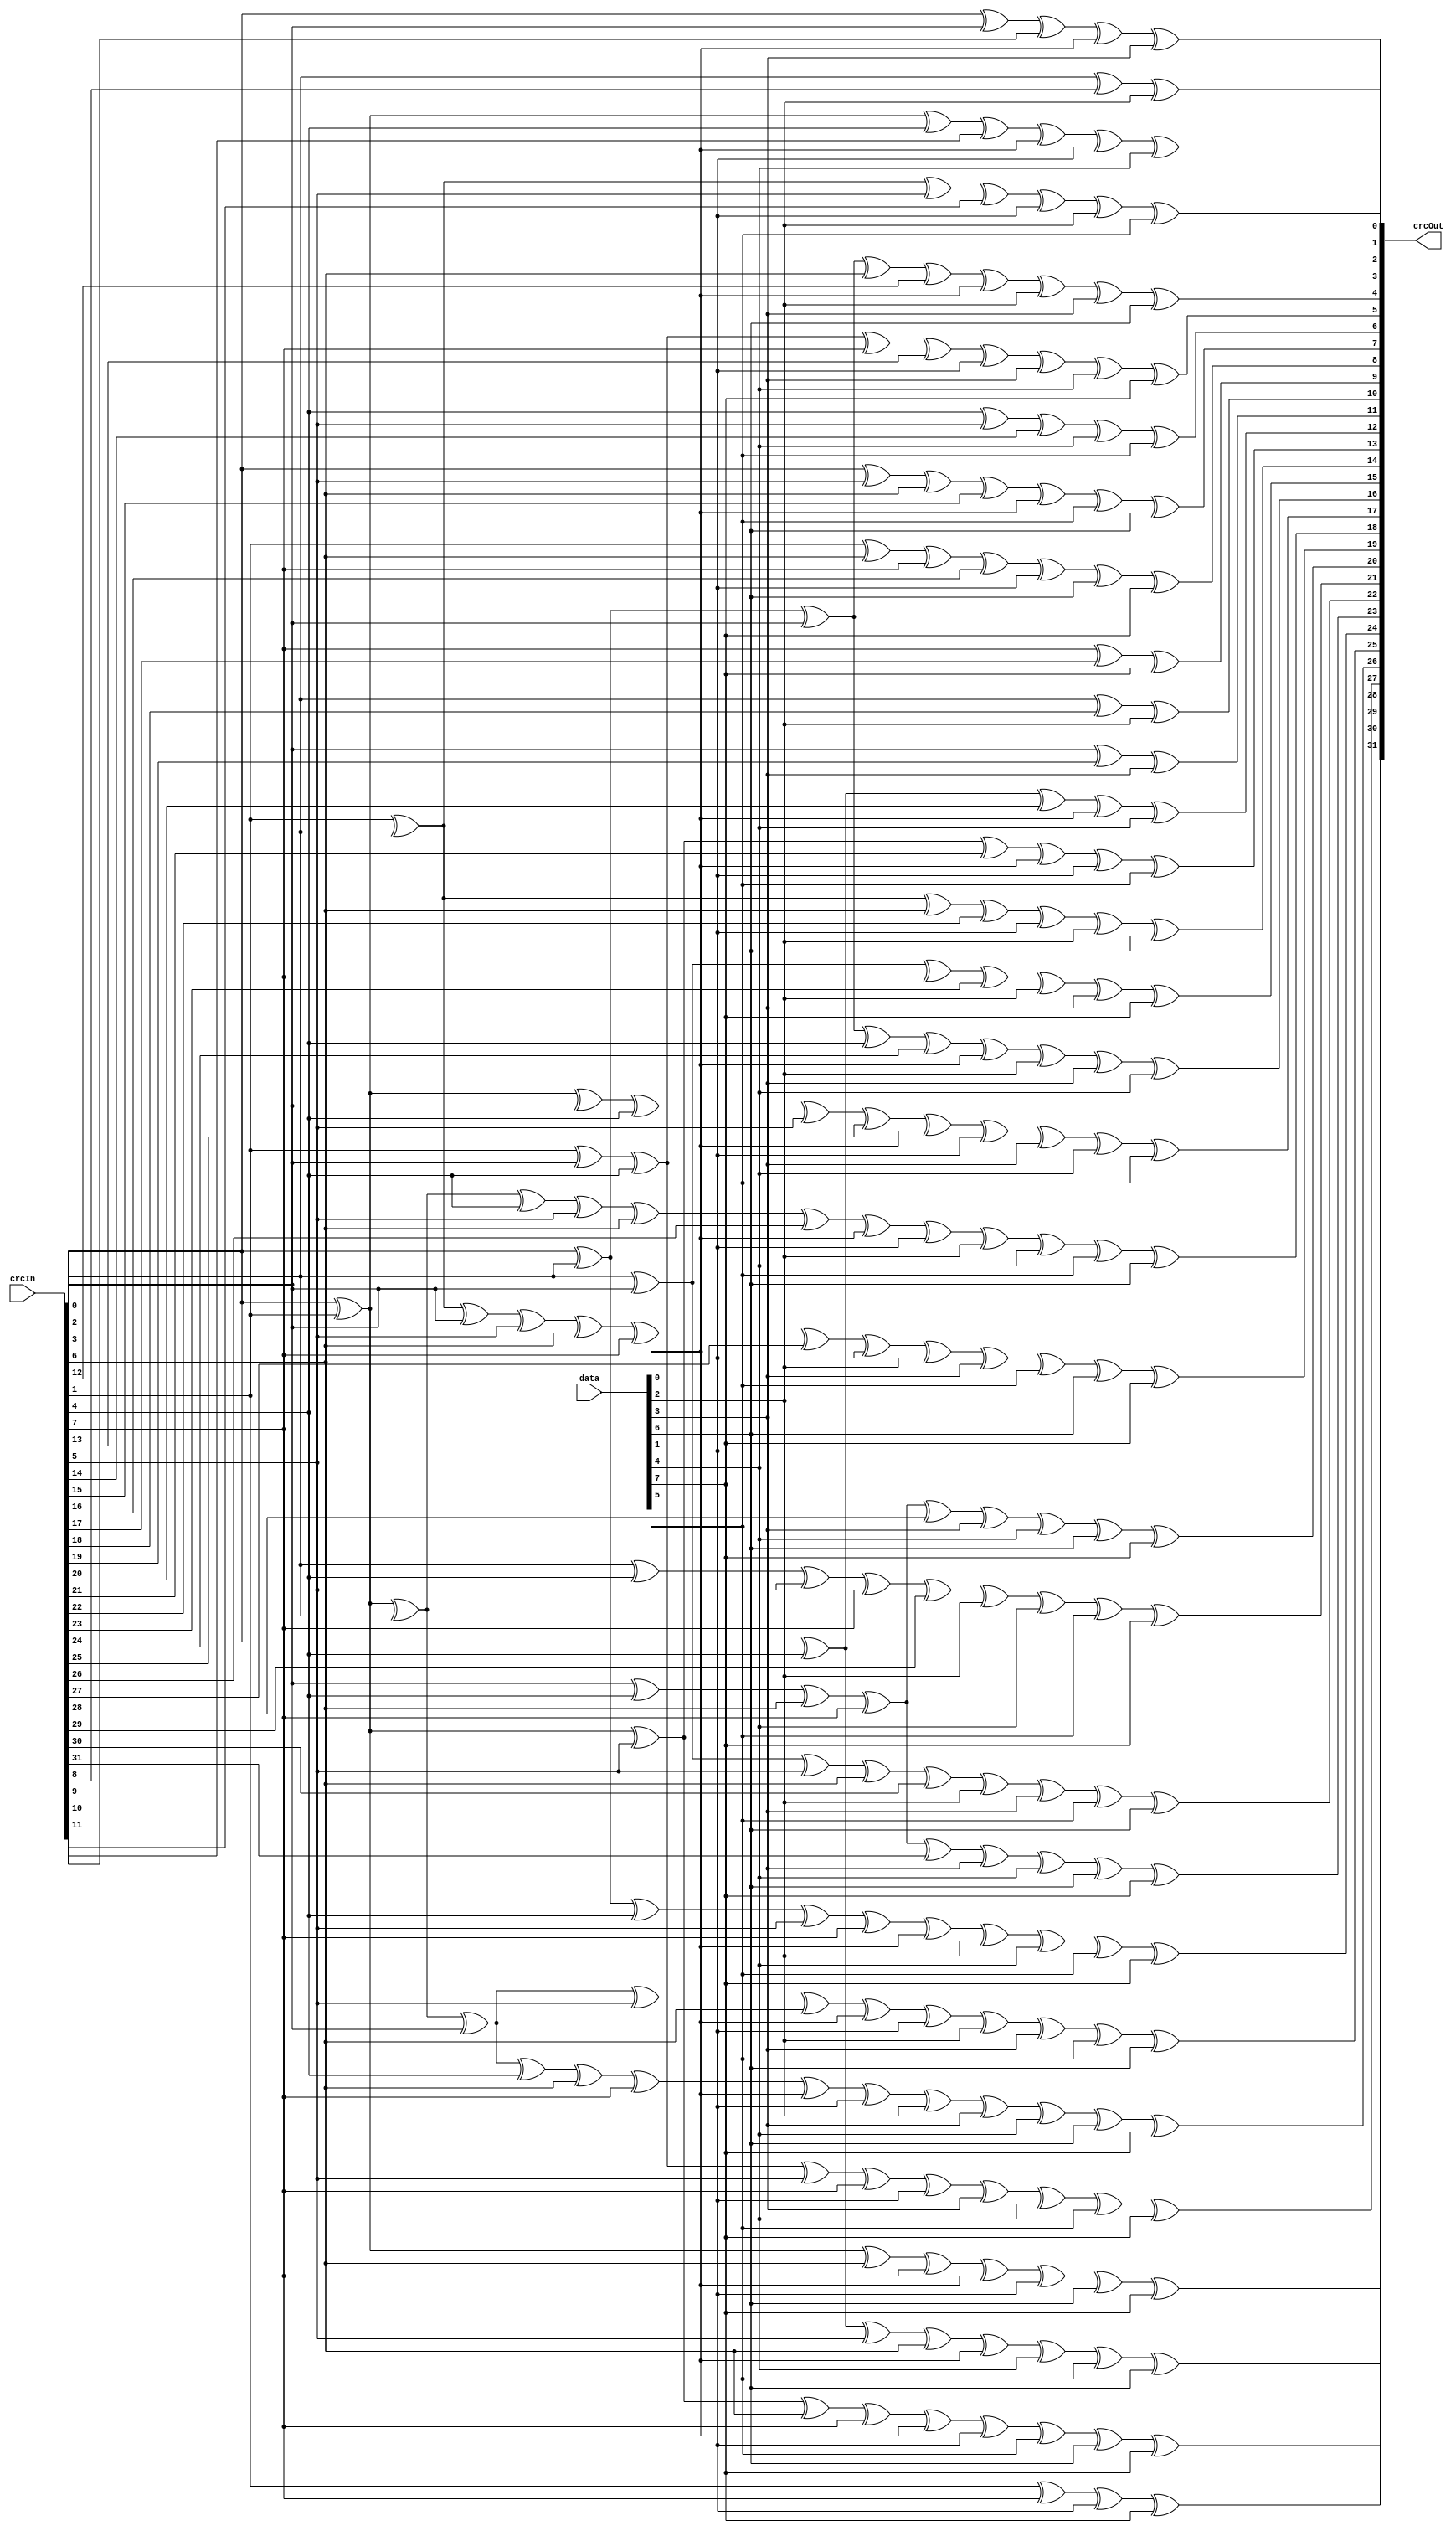
module CRC32 (
    input [31:0] crcIn,
    input [7:0] data,
    output [31:0] crcOut
);
    assign crcOut[0] = crcIn[2] ^ crcIn[8] ^ data[2];
    assign crcOut[1] = crcIn[0] ^ crcIn[3] ^ crcIn[9] ^ data[0] ^ data[3];
    assign crcOut[2] = crcIn[0] ^ crcIn[1] ^ crcIn[4] ^ crcIn[10] ^ data[0] ^ data[1] ^ data[4];
    assign crcOut[3] = crcIn[1] ^ crcIn[2] ^ crcIn[5] ^ crcIn[11] ^ data[1] ^ data[2] ^ data[5];
    assign crcOut[4] = crcIn[0] ^ crcIn[2] ^ crcIn[3] ^ crcIn[6] ^ crcIn[12] ^ data[0] ^ data[2] ^ data[3] ^ data[6];
    assign crcOut[5] = crcIn[1] ^ crcIn[3] ^ crcIn[4] ^ crcIn[7] ^ crcIn[13] ^ data[1] ^ data[3] ^ data[4] ^ data[7];
    assign crcOut[6] = crcIn[4] ^ crcIn[5] ^ crcIn[14] ^ data[4] ^ data[5];
    assign crcOut[7] = crcIn[0] ^ crcIn[5] ^ crcIn[6] ^ crcIn[15] ^ data[0] ^ data[5] ^ data[6];
    assign crcOut[8] = crcIn[1] ^ crcIn[6] ^ crcIn[7] ^ crcIn[16] ^ data[1] ^ data[6] ^ data[7];
    assign crcOut[9] = crcIn[7] ^ crcIn[17] ^ data[7];
    assign crcOut[10] = crcIn[2] ^ crcIn[18] ^ data[2];
    assign crcOut[11] = crcIn[3] ^ crcIn[19] ^ data[3];
    assign crcOut[12] = crcIn[0] ^ crcIn[4] ^ crcIn[20] ^ data[0] ^ data[4];
    assign crcOut[13] = crcIn[0] ^ crcIn[1] ^ crcIn[5] ^ crcIn[21] ^ data[0] ^ data[1] ^ data[5];
    assign crcOut[14] = crcIn[1] ^ crcIn[2] ^ crcIn[6] ^ crcIn[22] ^ data[1] ^ data[2] ^ data[6];
    assign crcOut[15] = crcIn[2] ^ crcIn[3] ^ crcIn[7] ^ crcIn[23] ^ data[2] ^ data[3] ^ data[7];
    assign crcOut[16] = crcIn[0] ^ crcIn[2] ^ crcIn[3] ^ crcIn[4] ^ crcIn[24] ^ data[0] ^ data[2] ^ data[3] ^ data[4];
    assign crcOut[17] = crcIn[0] ^ crcIn[1] ^ crcIn[3] ^ crcIn[4] ^ crcIn[5] ^ crcIn[25] ^ data[0] ^ data[1] ^ data[3] ^ data[4] ^ data[5];
    assign crcOut[18] = crcIn[0] ^ crcIn[1] ^ crcIn[2] ^ crcIn[4] ^ crcIn[5] ^ crcIn[6] ^ crcIn[26] ^ data[0] ^ data[1] ^ data[2] ^ data[4] ^ data[5] ^ data[6];
    assign crcOut[19] = crcIn[1] ^ crcIn[2] ^ crcIn[3] ^ crcIn[5] ^ crcIn[6] ^ crcIn[7] ^ crcIn[27] ^ data[1] ^ data[2] ^ data[3] ^ data[5] ^ data[6] ^ data[7];
    assign crcOut[20] = crcIn[3] ^ crcIn[4] ^ crcIn[6] ^ crcIn[7] ^ crcIn[28] ^ data[3] ^ data[4] ^ data[6] ^ data[7];
    assign crcOut[21] = crcIn[2] ^ crcIn[4] ^ crcIn[5] ^ crcIn[7] ^ crcIn[29] ^ data[2] ^ data[4] ^ data[5] ^ data[7];
    assign crcOut[22] = crcIn[2] ^ crcIn[3] ^ crcIn[5] ^ crcIn[6] ^ crcIn[30] ^ data[2] ^ data[3] ^ data[5] ^ data[6];
    assign crcOut[23] = crcIn[3] ^ crcIn[4] ^ crcIn[6] ^ crcIn[7] ^ crcIn[31] ^ data[3] ^ data[4] ^ data[6] ^ data[7];
    assign crcOut[24] = crcIn[0] ^ crcIn[2] ^ crcIn[4] ^ crcIn[5] ^ crcIn[7] ^ data[0] ^ data[2] ^ data[4] ^ data[5] ^ data[7];
    assign crcOut[25] = crcIn[0] ^ crcIn[1] ^ crcIn[2] ^ crcIn[3] ^ crcIn[5] ^ crcIn[6] ^ data[0] ^ data[1] ^ data[2] ^ data[3] ^ data[5] ^ data[6];
    assign crcOut[26] = crcIn[0] ^ crcIn[1] ^ crcIn[2] ^ crcIn[3] ^ crcIn[4] ^ crcIn[6] ^ crcIn[7] ^ data[0] ^ data[1] ^ data[2] ^ data[3] ^ data[4] ^ data[6] ^ data[7];
    assign crcOut[27] = crcIn[1] ^ crcIn[3] ^ crcIn[4] ^ crcIn[5] ^ crcIn[7] ^ data[1] ^ data[3] ^ data[4] ^ data[5] ^ data[7];
    assign crcOut[28] = crcIn[0] ^ crcIn[4] ^ crcIn[5] ^ crcIn[6] ^ data[0] ^ data[4] ^ data[5] ^ data[6];
    assign crcOut[29] = crcIn[0] ^ crcIn[1] ^ crcIn[5] ^ crcIn[6] ^ crcIn[7] ^ data[0] ^ data[1] ^ data[5] ^ data[6] ^ data[7];
    assign crcOut[30] = crcIn[0] ^ crcIn[1] ^ crcIn[6] ^ crcIn[7] ^ data[0] ^ data[1] ^ data[6] ^ data[7];
    assign crcOut[31] = crcIn[1] ^ crcIn[7] ^ data[1] ^ data[7];
endmodule